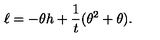
\ell = - \theta h + \frac { 1 } { t } ( \theta ^ { 2 } + \theta ) .